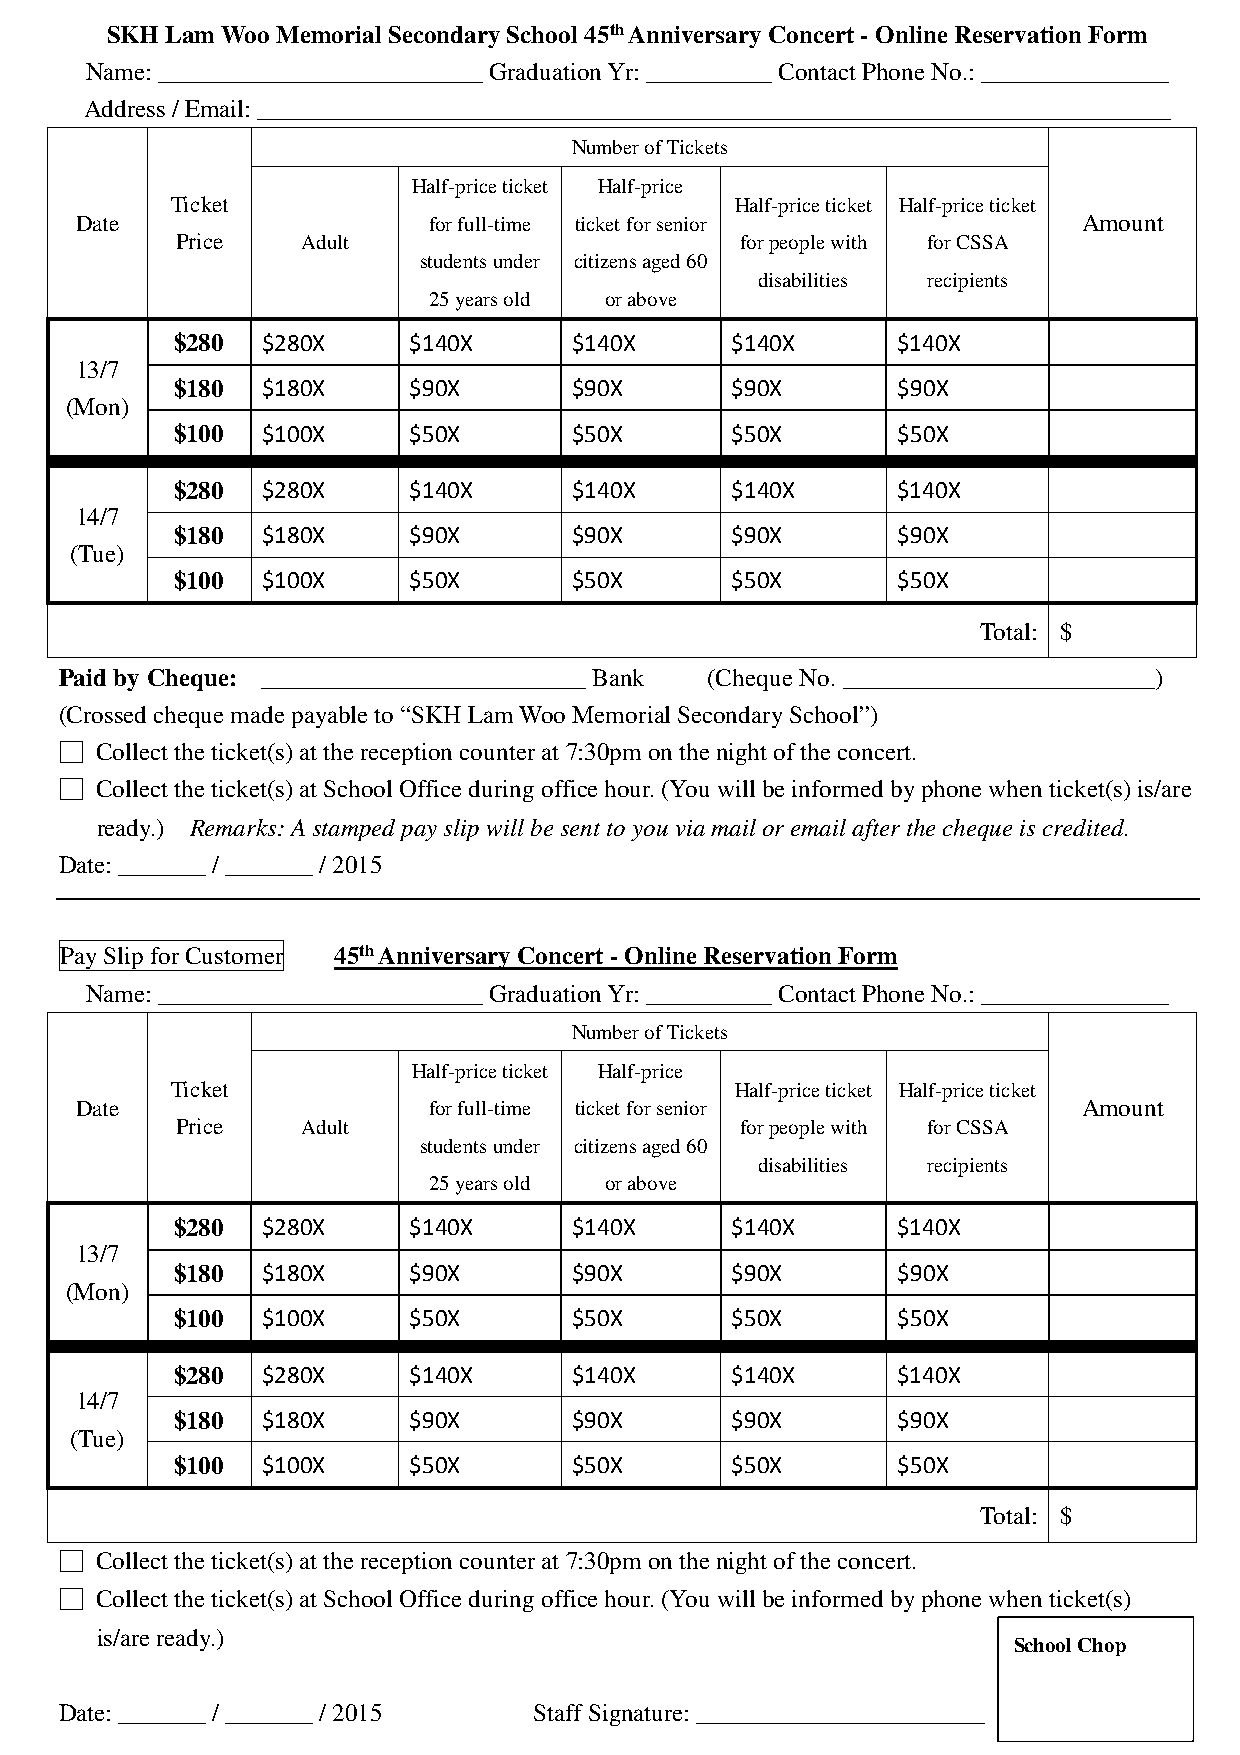
SKH Lam Woo Memorial Secondary School 45th Anniversary Concert - Online Reservation Form
 Name: __________________________ Graduation Yr: __________ Contact Phone No.: _______________
 Address / Email: _________________________________________________________________________
 Number of Tickets
 Half-price ticket Half-price
 Ticket                                Half-price ticket Half-price ticket
 Date                   for full-time ticket for senior             Amount
 Price   Adult                        for people with for CSSA
 students under citizens aged 60
 disabilities recipients
 25 years old or above
 $280 $280X     $140X      $140X     $140X      $140X
 13/7
 $180 $180X     $90X       $90X      $90X       $90X
 (Mon)
 $100 $100X     $50X       $50X      $50X       $50X
 $280 $280X     $140X      $140X     $140X      $140X
 14/7
 $180 $180X     $90X       $90X      $90X       $90X
 (Tue)
 $100 $100X     $50X       $50X      $50X       $50X
 Total: $
 Paid by Cheque: __________________________ Bank (Cheque No. _________________________)
 (Crossed cheque made payable to “SKH Lam Woo Memorial Secondary School”)
 □ Collect the ticket(s) at the reception counter at 7:30pm on the night of the concert.
 □ Collect the ticket(s) at School Office during office hour. (You will be informed by phone when ticket(s) is/are
 ready.) Remarks: A stamped pay slip will be sent to you via mail or email after the cheque is credited.
 Date: _______ / _______ / 2015
 Pay Slip for Customer 45th Anniversary Concert - Online Reservation Form
 Name: __________________________ Graduation Yr: __________ Contact Phone No.: _______________
 Number of Tickets
 Half-price ticket Half-price
 Ticket                                Half-price ticket Half-price ticket
 Date                   for full-time ticket for senior             Amount
 Price   Adult                        for people with for CSSA
 students under citizens aged 60
 disabilities recipients
 25 years old or above
 $280 $280X     $140X      $140X     $140X      $140X
 13/7
 $180 $180X     $90X       $90X      $90X       $90X
 (Mon)
 $100 $100X     $50X       $50X      $50X       $50X
 $280 $280X     $140X      $140X     $140X      $140X
 14/7
 $180 $180X     $90X       $90X      $90X       $90X
 (Tue)
 $100 $100X     $50X       $50X      $50X       $50X
 Total: $
 □ Collect the ticket(s) at the reception counter at 7:30pm on the night of the concert.
 □ Collect the ticket(s) at School Office during office hour. (You will be informed by phone when ticket(s)
 is/are ready.)
 School Chop
 Date: _______ / _______ / 2015 Staff Signature: _______________________